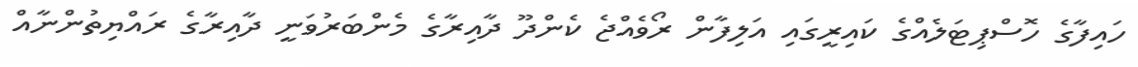
ހައިފާގެ ހޮސްޕިޓަލެއްގެ ކައިރީގައި އަލިފާން ރޯވެއްޖެ ކެންދޫ ދާއިރާގެ މެންބަރުވަނީ ދާއިރާގެ ރައްޔިތުންނާއް